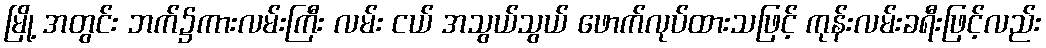
မြို့ အတွင်း ဘက်၌ကားလမ်းကြီး လမ်း ငယ် အသွယ်သွယ် ဖောက်လုပ်ထားသဖြင့် ကုန်းလမ်းခရီးဖြင့်လည်း